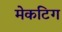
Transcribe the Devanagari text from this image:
मेकटिग